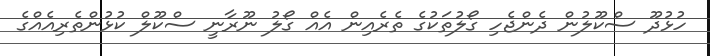
ހުޅުދޫ ސްކޫލުން ދެންޖެހި ގޯލުތަކުގެ ތެރެއިން އެއް ގޯލު ނޫރާނީ ސްކޫލް ކުޅުންތެރިއެއްގެ